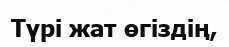
Түрі жат өгіздің,